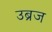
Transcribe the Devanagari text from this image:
उब्रज